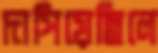
দাপিয়েছিলে